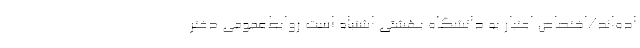
اده‌اند/اختصاص اعتبار به دانشگاه بهشتی اشتباه است روابط‌عمومی دفتر